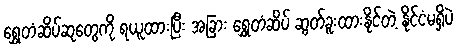
ရွှေတံဆိပ်ဆုတွေကို ရယူထားပြီး အခြား ရွှေတံဆိပ် ဆွတ်ခူးထားနိုင်တဲ့ နိုင်ငံမရှိပဲ